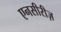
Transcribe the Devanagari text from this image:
एनसीरीज़